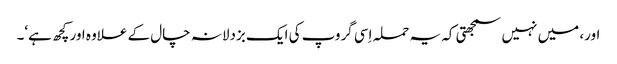
اور، میں نہیں سمجھتی کہ یہ حملہ اِسی گروپ کی ایک بزدلانہ چال کے علاوہ اور کچھ ہے‘۔